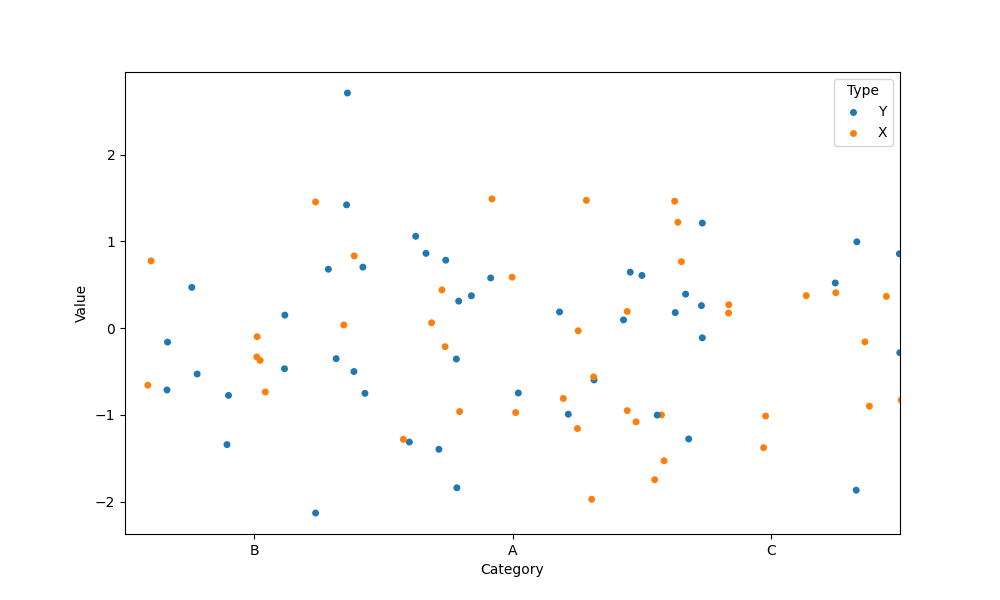
python, seaborn, stripplot, jitter=True, dodge=False, alpha=1.0, size=5